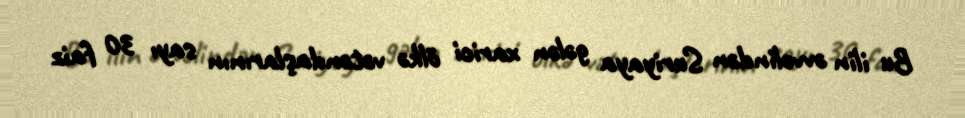
Bu ilin əvvəlindən Suriyaya gələn xarici ölkə vətəndaşlarının sayı 30 faiz